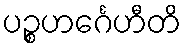
ပဉ္စဟင်္ဂေဟီတိ